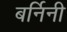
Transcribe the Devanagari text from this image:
बर्निनी